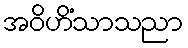
အဝိဟိံသာသညာ